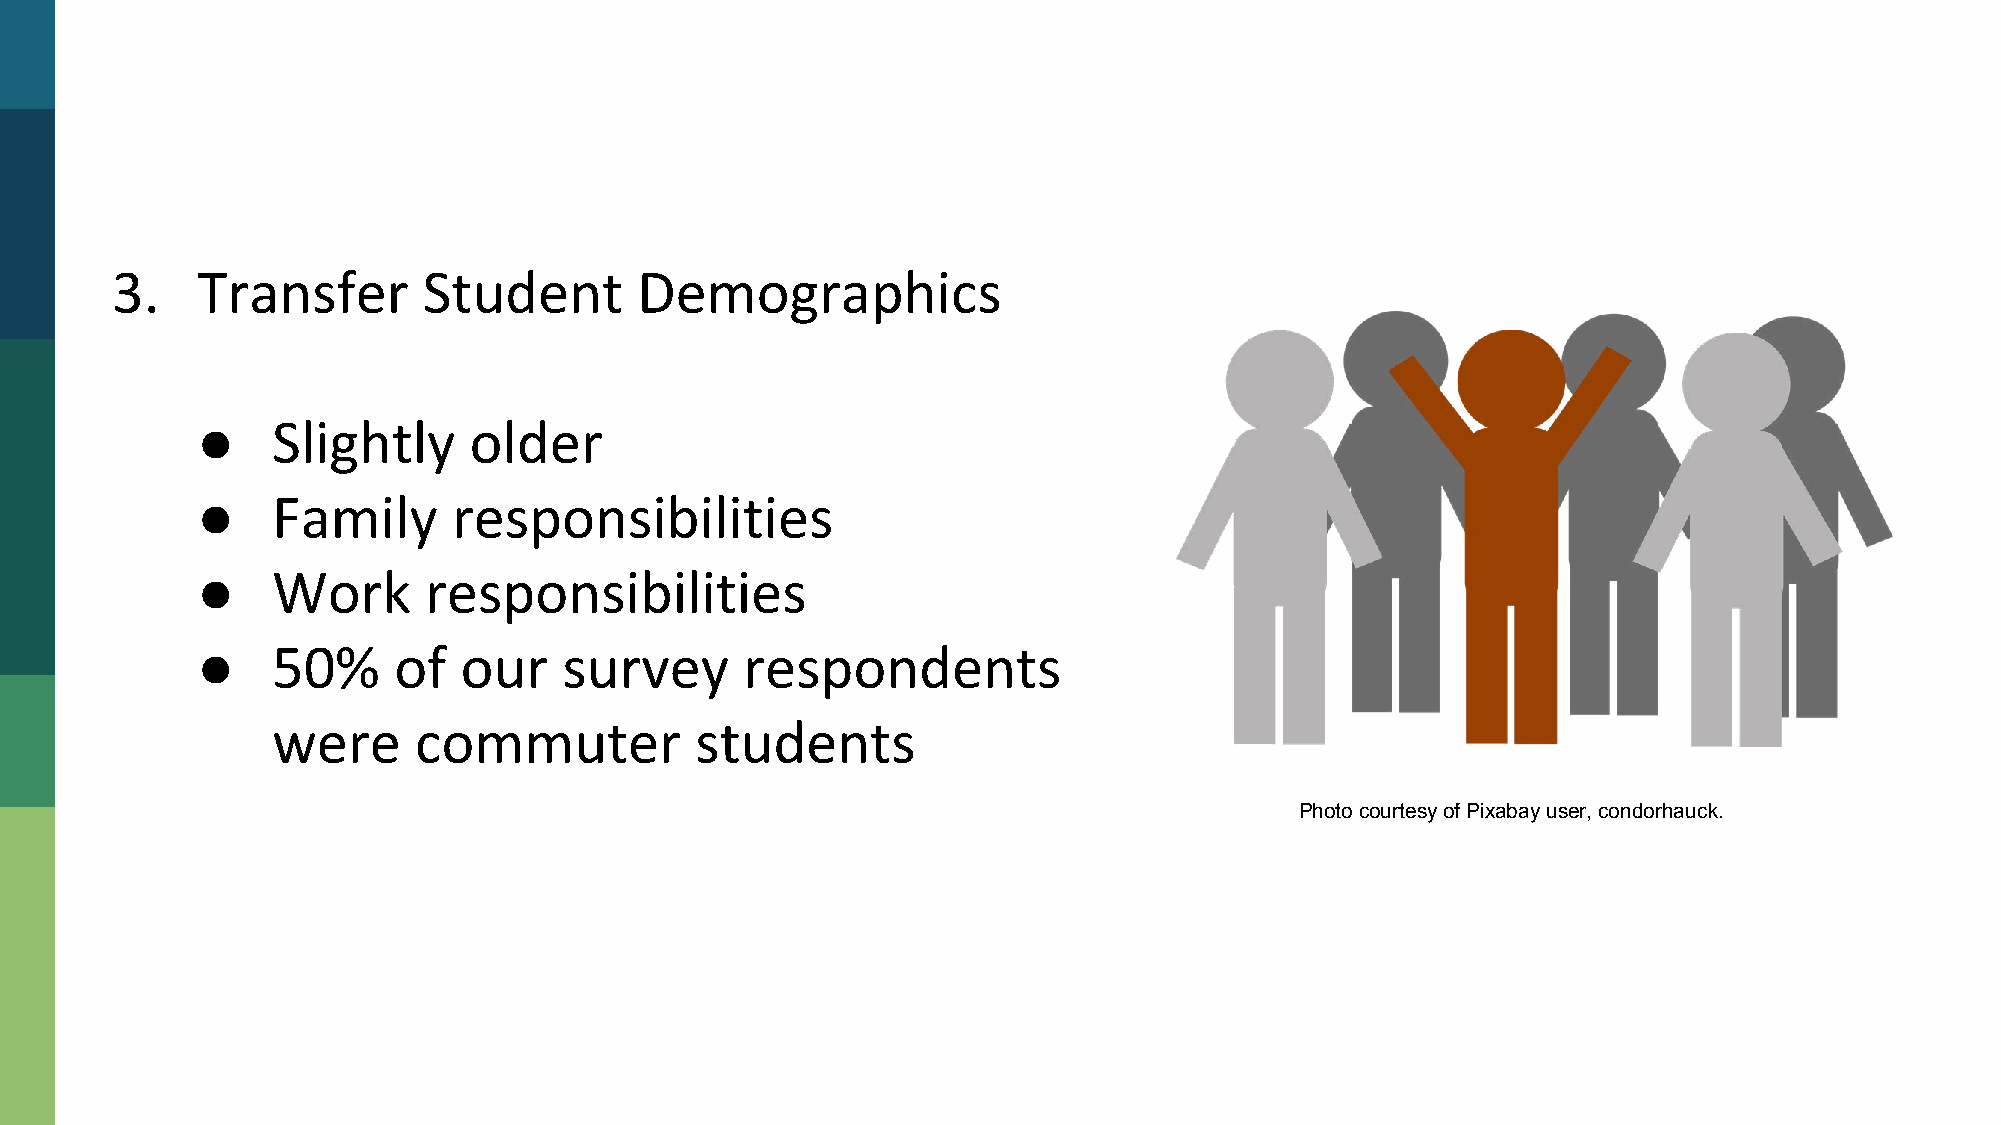
What       Should       We     Do?
 ●
 ●
 ●
 ●
 Photo courtesy of Pixabay user, condorhauck.